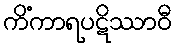
ကိံကာရပဋိဿာဝီ